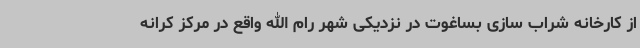
از کارخانه شراب سازی بساغوت در نزدیکی شهر رام الله واقع در مرکز کرانه